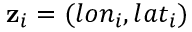
\mathbf { z } _ { i } = ( l o n _ { i } , l a t _ { i } )